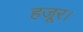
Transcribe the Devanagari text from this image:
हजूर।